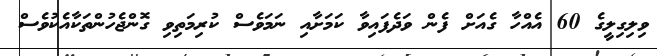
ވިލިގިލީގެ 60 އެއްހާ ގެއަށް ފެން ވަދެފައިވާ ކަމަށާއި ނަމަވެސް ކުރިމަތިވި ގޮންޖެހުންތަކާއެކުވެސް